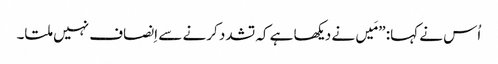
‏ اُس نے کہا:‏ ”‏مَیں نے دیکھا ہے کہ تشدد کرنے سے اِنصاف نہیں ملتا۔